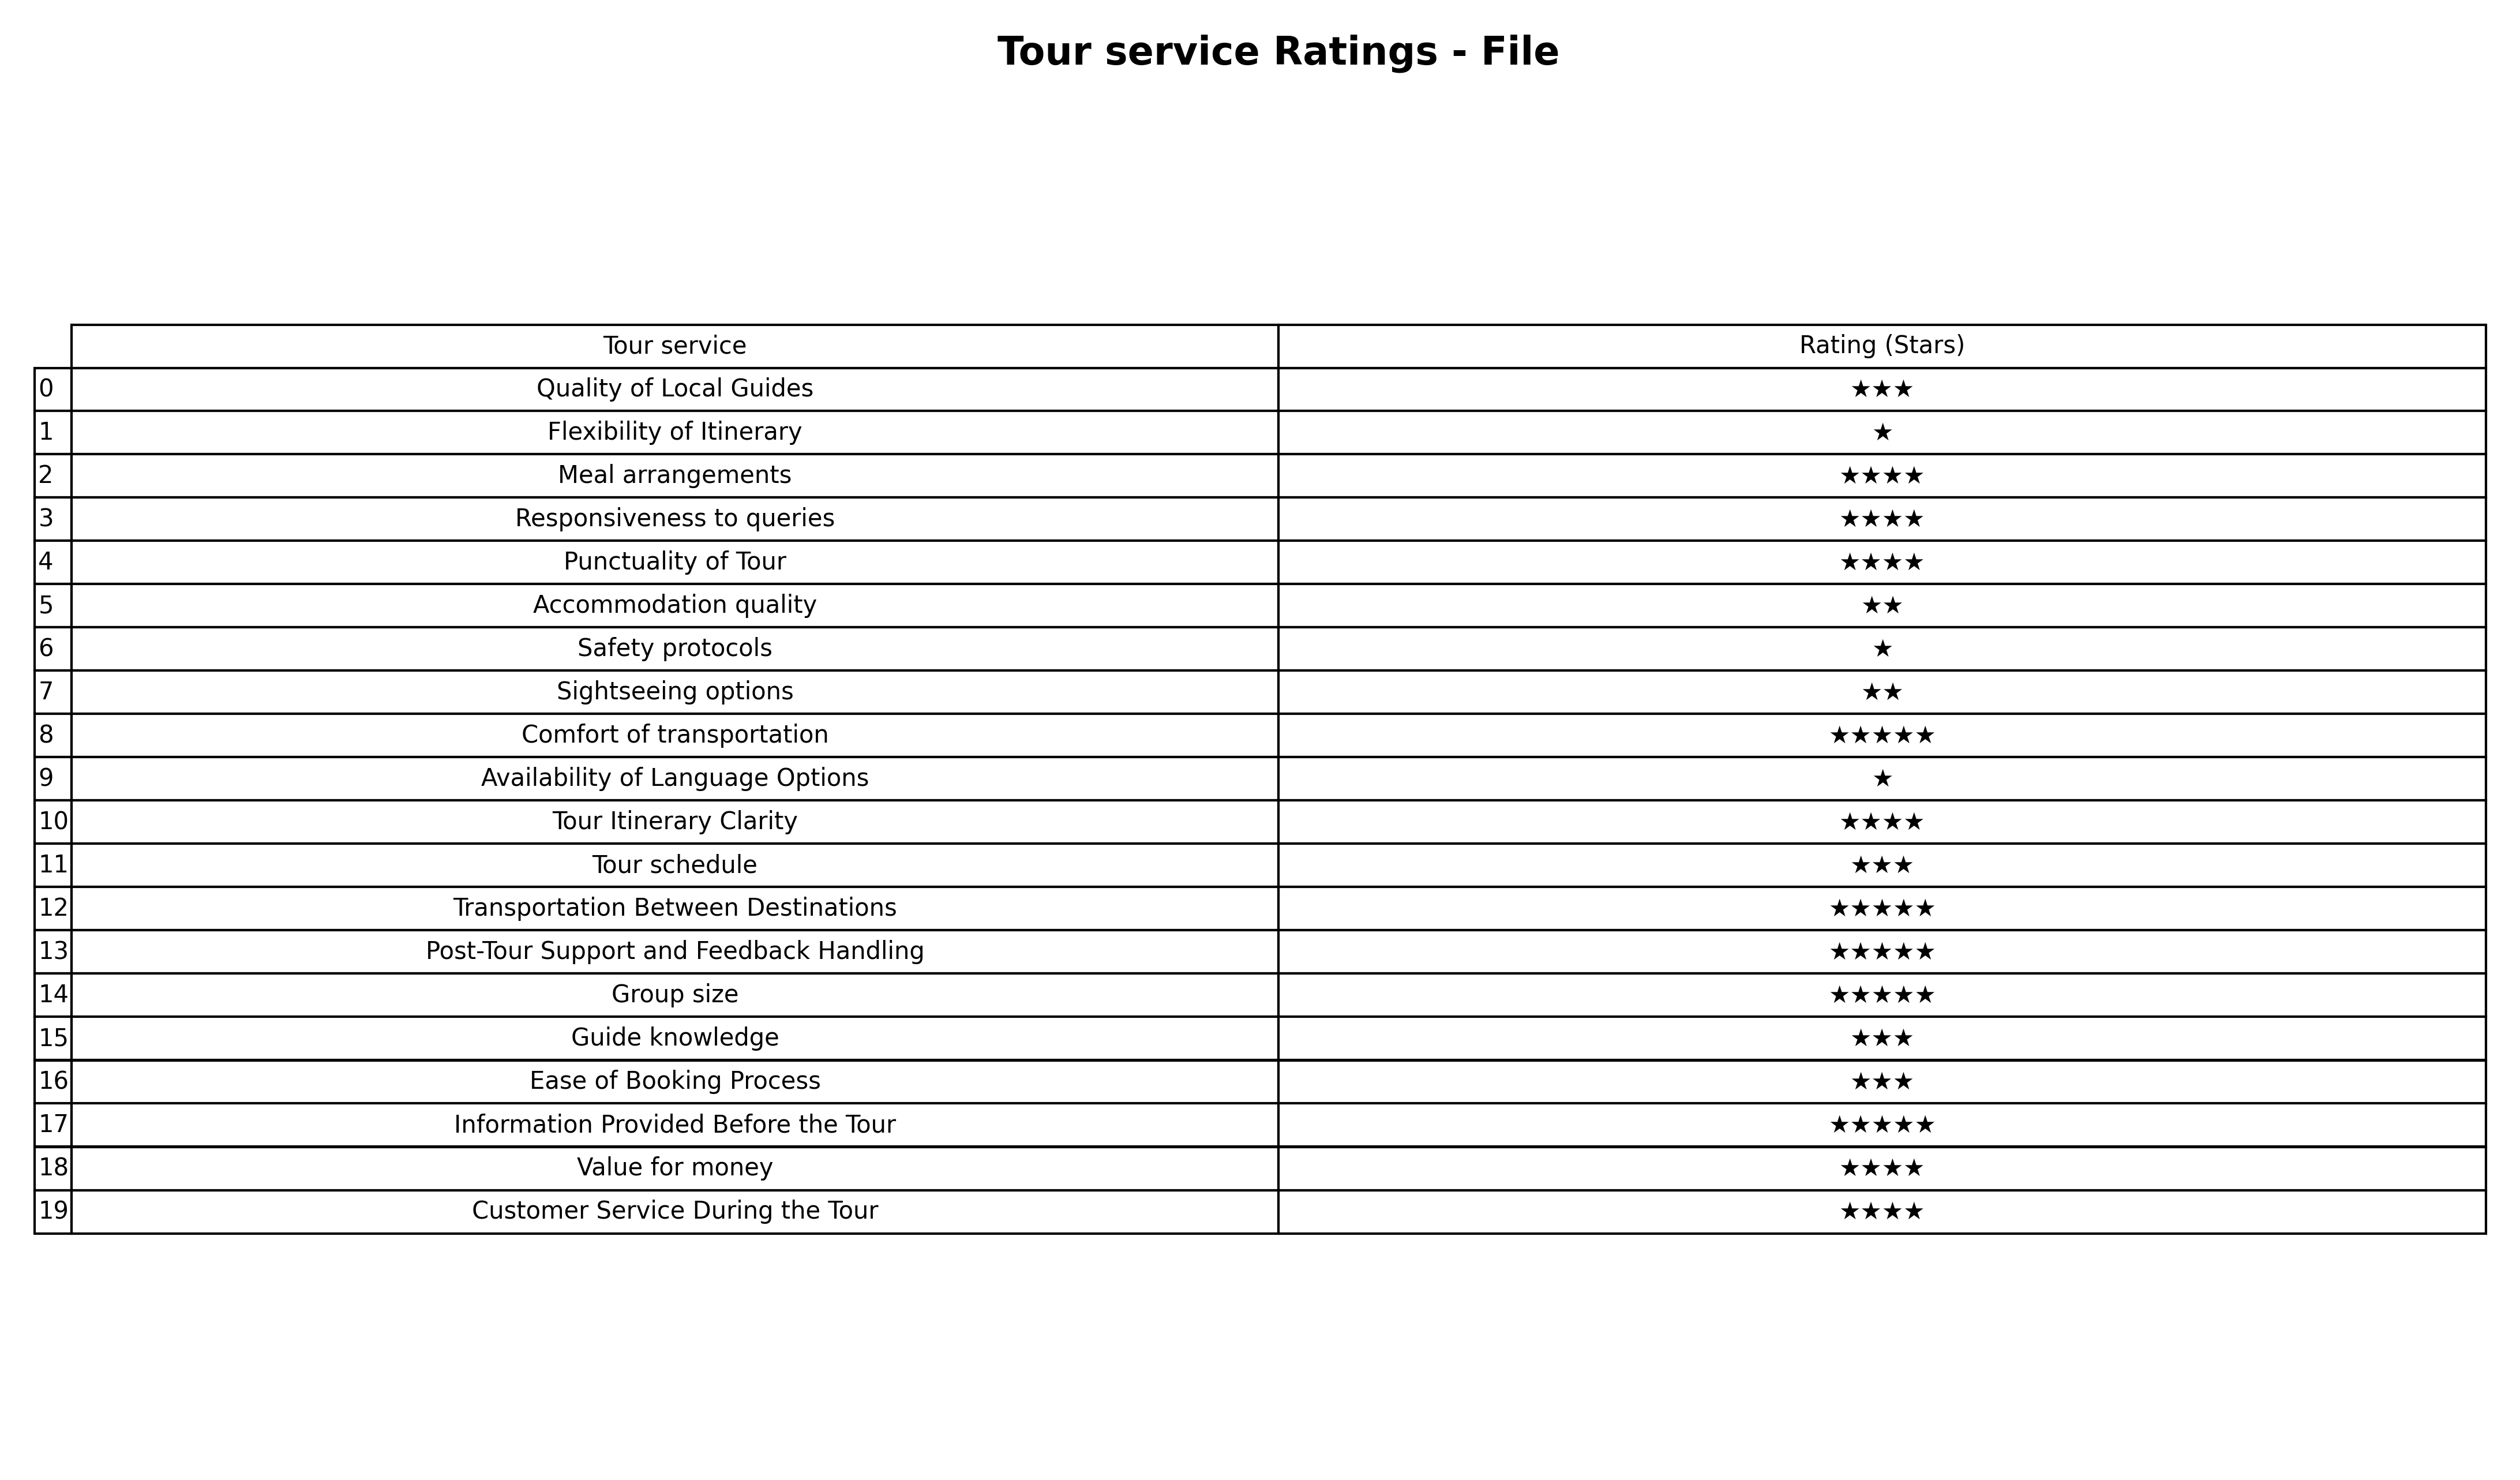
question: What are highest rating services?
answer: Meal arrangementsResponsiveness to queriesPunctuality of TourTour Itinerary ClarityValue for moneyCustomer Service During the Tour